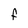
Character: F